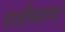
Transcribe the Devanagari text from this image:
पतीच्याच